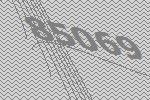
85069